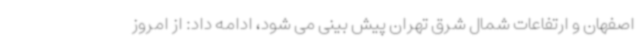
اصفهان و ارتفاعات شمال شرق تهران پیش بینی می شود، ادامه داد: از امروز